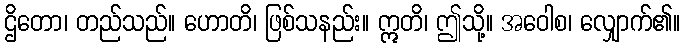
ဌိတော၊ တည်သည်။ ဟောတိ၊ ဖြစ်သနည်း။ ဣတိ၊ ဤသို့။ အဝေါစ၊ လျှောက်၏။